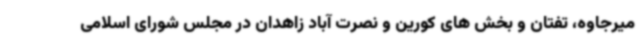
میرجاوه، تفتان و بخش های کورین و نصرت آباد زاهدان در مجلس شورای اسلامی